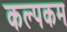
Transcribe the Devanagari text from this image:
कल्पकम